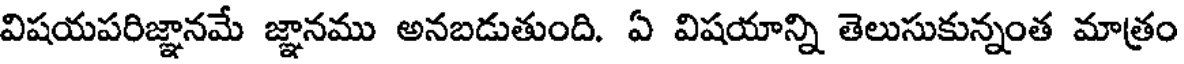
విషయపరిజ్ఞానమే జ్ఞానము అనబడుతుంది. ఏ విషయాన్ని తెలుసుకున్నంత మాత్రం